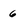
Character: 6